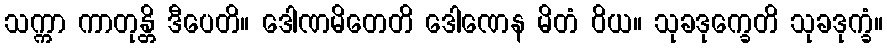
သက္ကာ ကာတုန္တိ ဒီပေတိ။ ဒေါဏမိတေတိ ဒေါဏေန မိတံ ဝိယ။ သုခဒုက္ခေတိ သုခဒုက္ခံ။